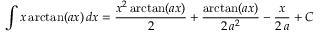
\int x \arctan ( a x ) \, d x = { \frac { x ^ { 2 } \arctan ( a x ) } { 2 } } + { \frac { \arctan ( a x ) } { 2 \, a ^ { 2 } } } - { \frac { x } { 2 \, a } } + C